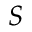
S